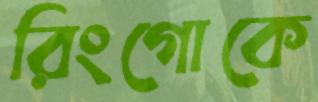
রিংগোকে